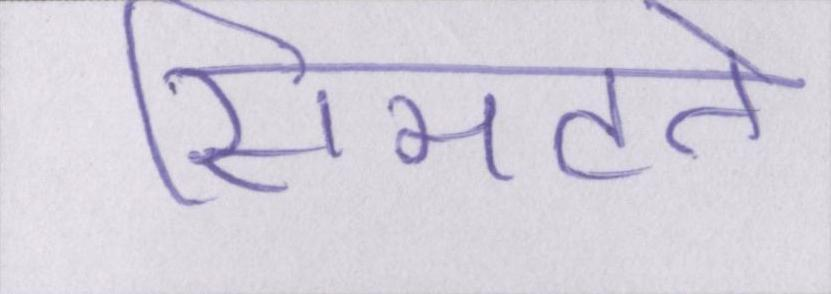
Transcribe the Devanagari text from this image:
सिमटते